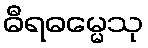
ဓီရဓမ္မေသု